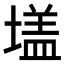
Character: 𭏦